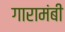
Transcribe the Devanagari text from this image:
गारामंबी